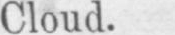
Cloud.